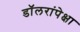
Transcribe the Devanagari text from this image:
डॉलरांपेक्षा